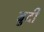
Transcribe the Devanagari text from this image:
बुदी